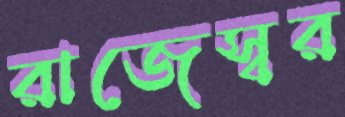
রাজেস্বর